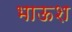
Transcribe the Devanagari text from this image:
भाऊश